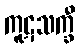
ကူဋသက္ခီ